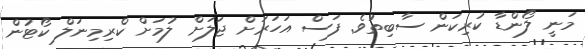
މަނީ ލޯންޑާ ކުރިކަން ސާބިތުވެ